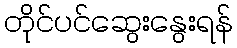
တိုင်ပင်ဆွေးနွေးရန်